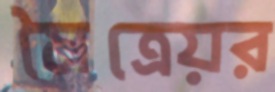
মৈত্রেয়র